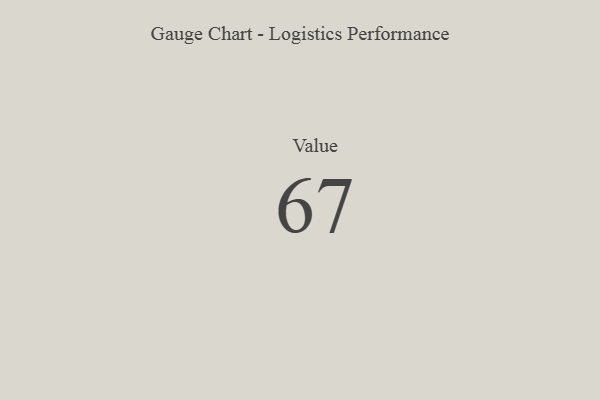
{"axis": {"x": "Metric", "y": "Value"}, "legend": [""], "data": [{"x": "Value", "y": 67, "type": ""}]}